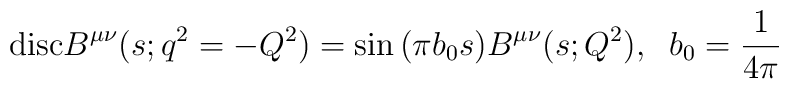
{\rm disc} B^{\mu\nu}(s;q^{2}=-Q^{2})=\sin{(\pi b_{0}s)}B^{\mu\nu}(s;Q^{2}),\;\;b_0=\frac{1}{4\pi}